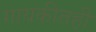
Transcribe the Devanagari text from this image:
गायकीतही